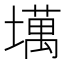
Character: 𫮮